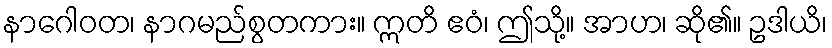
နာဂေါဝတ၊ နာဂမည်စွတကား။ ဣတိ ဧဝံ၊ ဤသို့။ အာဟ၊ ဆို၏။ ဥဒါယိ၊